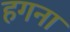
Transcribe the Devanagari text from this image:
हगना